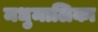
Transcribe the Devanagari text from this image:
मधुमालिका